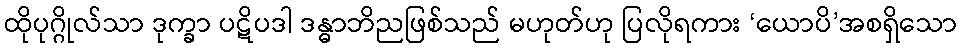
ထိုပုဂ္ဂိုလ်သာ ဒုက္ခာ ပဋိပဒါ ဒန္ဓာဘိညဖြစ်သည် မဟုတ်ဟု ပြလိုရကား ‘ယောပိ’အစရှိသော